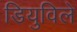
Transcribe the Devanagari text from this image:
डियुविले